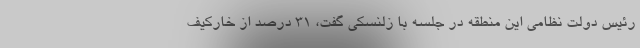
رئیس دولت نظامی این منطقه در جلسه با زلنسکی گفت، ۳۱ درصد از خارکیف